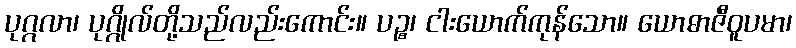
ပုဂ္ဂလာ၊ ပုဂ္ဂိုလ်တို့သည်လည်းကောင်း။ ပဉ္စ၊ ငါးယောက်ကုန်သော။ ယောဓာဇီဝူပမာ၊